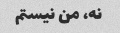
نه، من نیستم